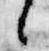
々